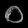
Digit: ၀